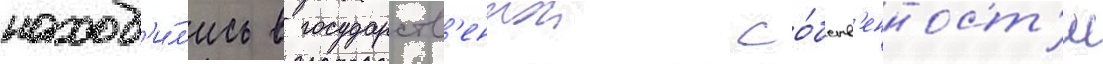
наход'и́л'ись в государств'еннои со́бств'енност'и